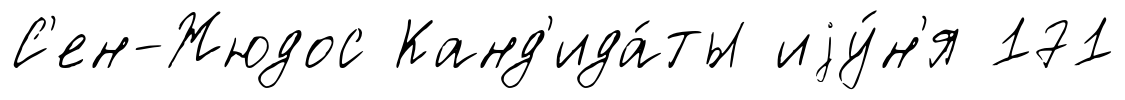
С'ен-Жюдос Канд'ида́ты иjу́н'я 171